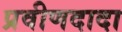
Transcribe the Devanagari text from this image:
प्रवीणदादा